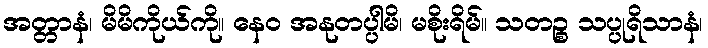
အတ္တာနံ၊ မိမိကိုယ်ကို။ နေဝ အနုတပ္ပါမိ၊ မစိုးရိမ်။ သတဉ္စ သပ္ပုရိသာနံ၊